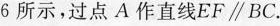
6所示，过点A作直线EF\parallelBC.